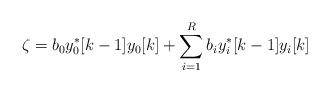
LaTeX: \begin{align*}\zeta=b_0 y_0^*[k-1]y_0[k]+\sum \limits_{i=1}^R b_i y_i^*[k-1]y_i[k]\end{align*}